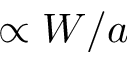
\propto W / a